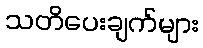
သတိပေးချက်များ